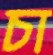
চা